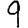
Digit: 9